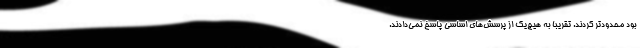
بود محدودتر کردند. تقریبا به هیچ‌یک از پرسش‌های اساسی پاسخ نمی‌دادند.